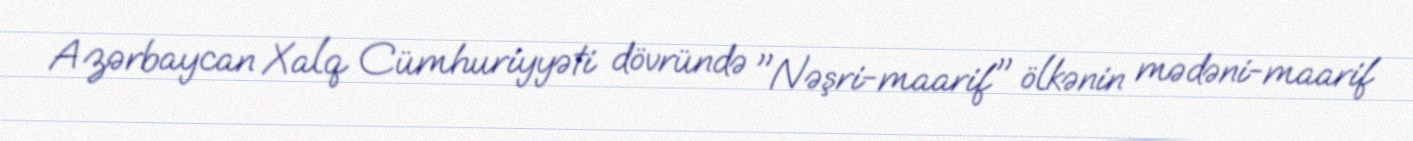
Azərbaycan Xalq Cümhuriyyəti dövründə "Nəşri-maarif" ölkənin mədəni-maarif